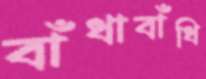
বাঁধাবাঁধি